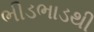
ભીડભાડથી